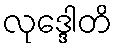
လုဒ္ဒေါတိ